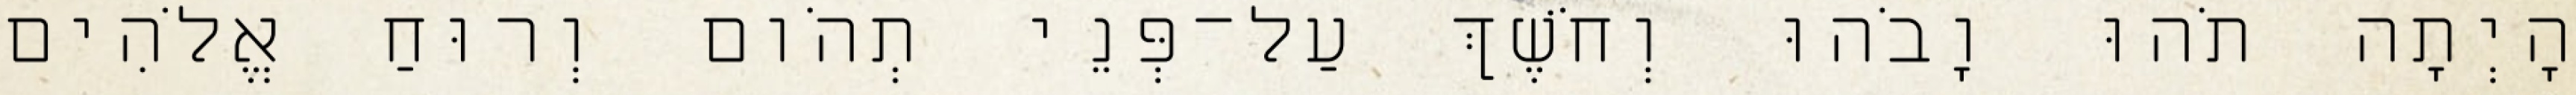
הָיְתָה תֹהוּ וָבֹהוּ וְחֹשֶׁךְ עַל־פְּנֵי תְהֹום וְרוּחַ אֱלֹהִים